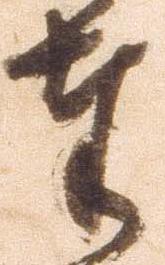
奉